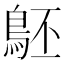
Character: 𪀇